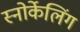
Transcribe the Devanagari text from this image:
स्नोर्केलिंग